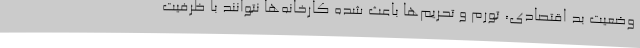
وضعیت بد اقتصادی، تورم و تحریم‌ها باعث شده کارخانه‌ها نتوانند با ظرفیت